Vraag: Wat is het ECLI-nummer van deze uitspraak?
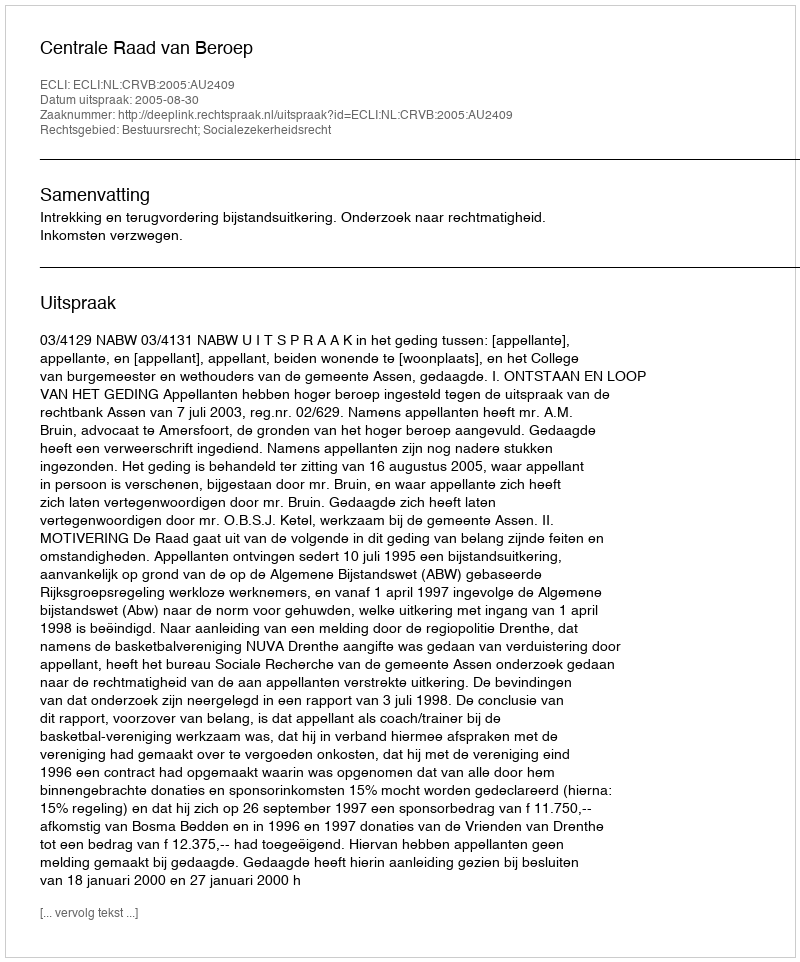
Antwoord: ECLI:NL:CRVB:2005:AU2409